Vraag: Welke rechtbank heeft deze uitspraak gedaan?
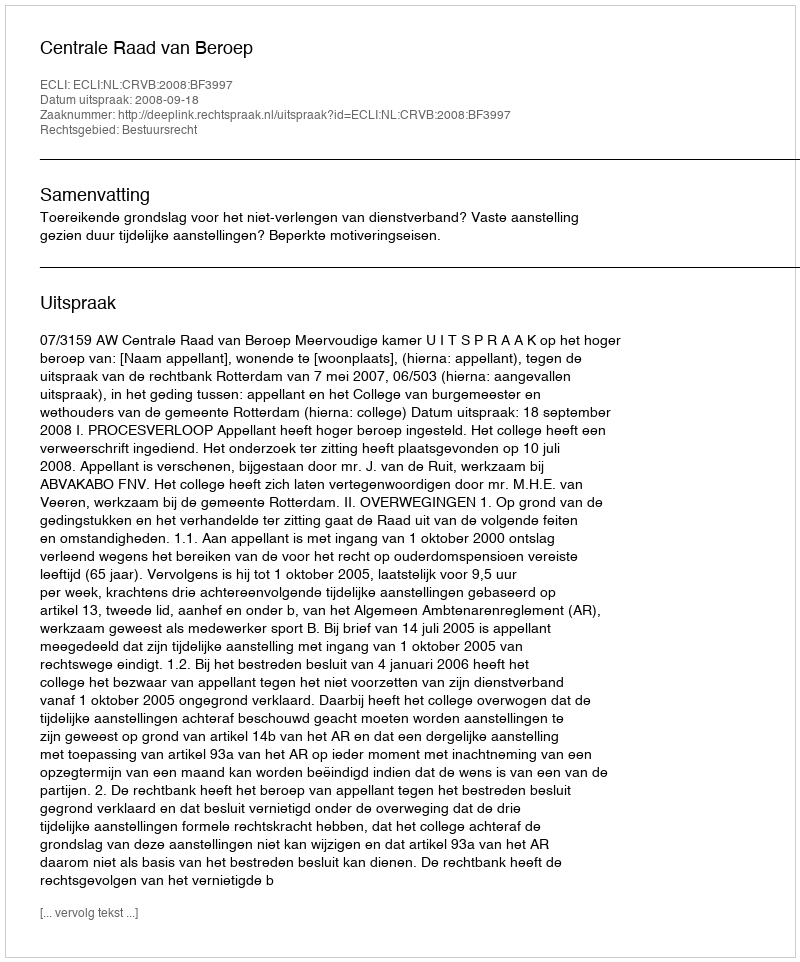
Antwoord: Centrale Raad van Beroep